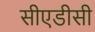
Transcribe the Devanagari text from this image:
सीएडीसी